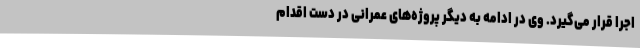
اجرا قرار می‌گیرد. وی در ادامه به دیگر پروژه‌های عمرانی در دست اقدام